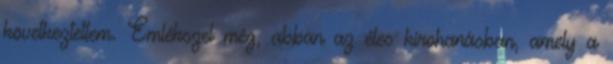
következtettem. Emlékszel még, abban az éles kirohanásban, amely a